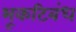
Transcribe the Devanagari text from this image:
भूकटिबंध